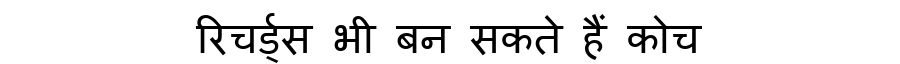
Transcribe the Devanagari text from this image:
रिचर्ड्स भी बन सकते हैं कोच